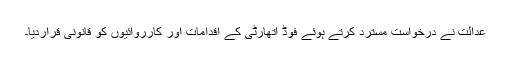
عدالت نے درخواست مسترد کرتے ہوئے فوڈ اتھارٹی کے اقدامات اور کارروائیوں کو قانونی قراردیا۔